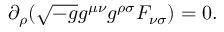
\partial _ { \rho } ( \sqrt { - g } g ^ { \mu \nu } g ^ { \rho \sigma } F _ { \nu \sigma } ) = 0 .